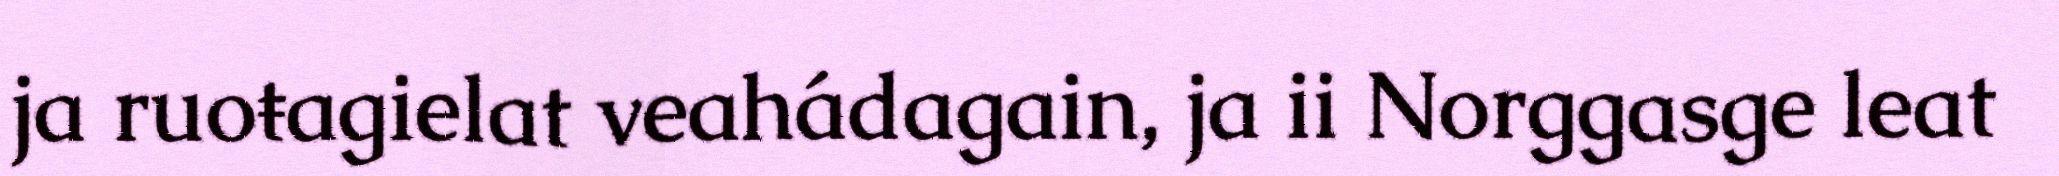
ja ruoŧagielat veahádagain, ja ii Norggasge leat